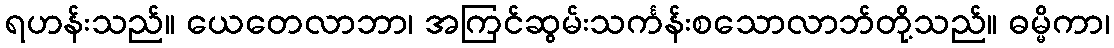
ရဟန်းသည်။ ယေတေလာဘာ၊ အကြင်ဆွမ်းသင်္ကန်းစသောလာဘ်တို့သည်။ ဓမ္မိကာ၊